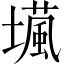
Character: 𡑵